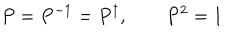
LaTeX: P = P ^ { - 1 } = P ^ { \dagger } , \qquad P ^ { 2 } = 1